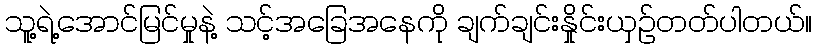
သူ့ရဲ့အောင်မြင်မှုနဲ့ သင့်အခြေအနေကို ချက်ချင်းနှိုင်းယှဉ်တတ်ပါတယ်။